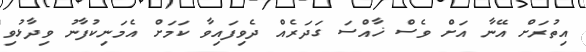
އިތުރަށް އޭނާ އަށް ވެސް ޚާއްސަ ގަދަރެއް ދެވިފައިވާ ކަމަށް އެމަނިކުފާނު ވިދާޅުވި